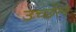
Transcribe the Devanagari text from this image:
उच्छेंल